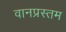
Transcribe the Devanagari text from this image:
वानप्रस्तम